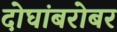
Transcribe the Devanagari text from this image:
दोघांबरोबर